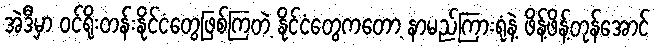
အဲဒီမှာ ဝင်ရိုးတန်းနိုင်ငံတွေဖြစ်ကြတဲ့ နိုင်ငံတွေကတော့ နာမည်ကြားရုံနဲ့ ဖိန့်ဖိန့်တုန်အောင်